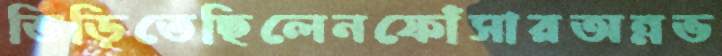
ভিড়িতেছিলেনফোঁসারঅন্নভ